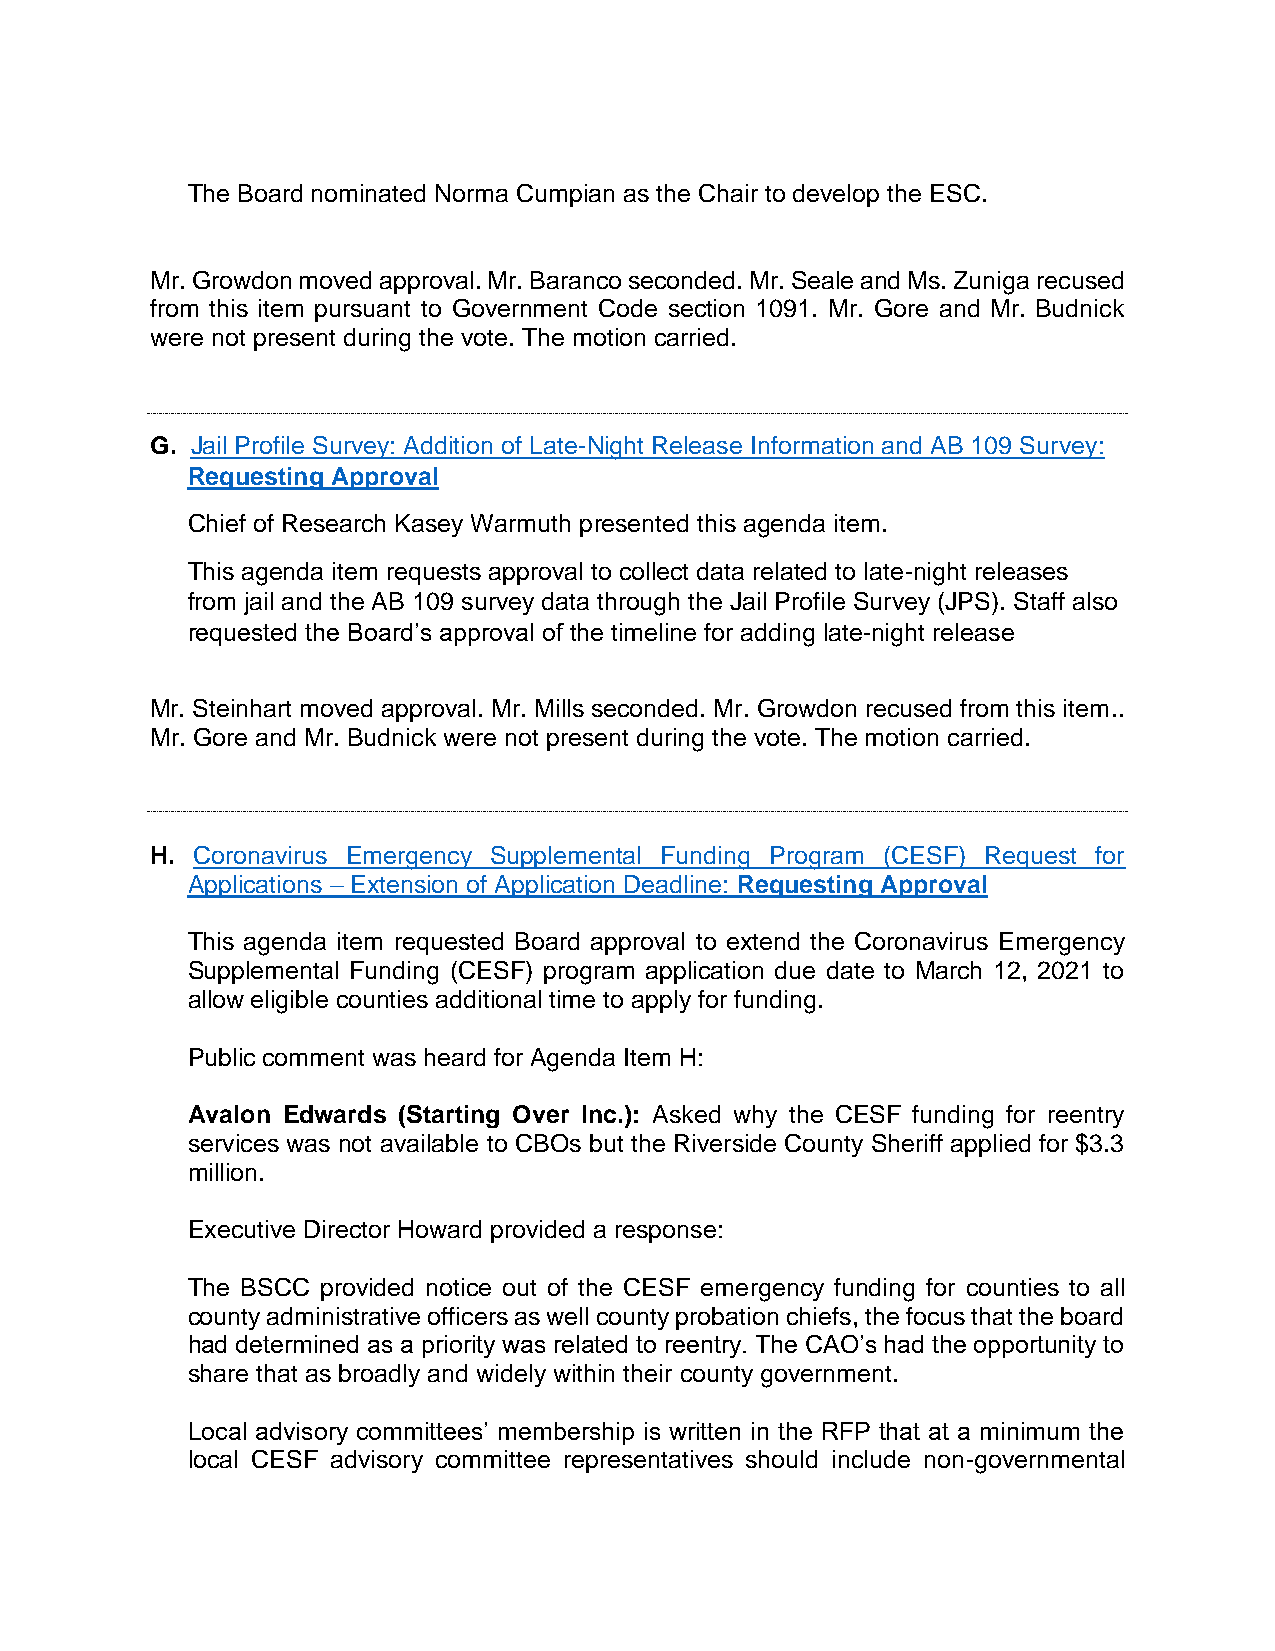
The Board nominated Norma Cumpian as the Chair to develop the ESC.
 Mr. Growdon moved approval. Mr. Baranco seconded. Mr. Seale and Ms. Zuniga recused
 from this item pursuant to Government Code section 1091. Mr. Gore and Mr. Budnick
 were not present during the vote. The motion carried.
 G. Jail Profile Survey: Addition of Late-Night Release Information and AB 109 Survey:
 Requesting Approval
 Chief of Research Kasey Warmuth presented this agenda item.
 This agenda item requests approval to collect data related to late-night releases
 from jail and the AB 109 survey data through the Jail Profile Survey (JPS). Staff also
 requested the Board’s approval of the timeline for adding late-night release
 Mr. Steinhart moved approval. Mr. Mills seconded. Mr. Growdon recused from this item..
 Mr. Gore and Mr. Budnick were not present during the vote. The motion carried.
 H. Coronavirus Emergency Supplemental Funding Program (CESF) Request for
 Applications – Extension of Application Deadline: Requesting Approval
 This agenda item requested Board approval to extend the Coronavirus Emergency
 Supplemental Funding (CESF) program application due date to March 12, 2021 to
 allow eligible counties additional time to apply for funding.
 Public comment was heard for Agenda Item H:
 Avalon Edwards (Starting Over Inc.): Asked why the CESF funding for reentry
 services was not available to CBOs but the Riverside County Sheriff applied for $3.3
 million.
 Executive Director Howard provided a response:
 The BSCC provided notice out of the CESF emergency funding for counties to all
 county administrative officers as well county probation chiefs, the focus that the board
 had determined as a priority was related to reentry. The CAO’s had the opportunity to
 share that as broadly and widely within their county government.
 Local advisory committees’ membership is written in the RFP that at a minimum the
 local CESF advisory committee representatives should include non-governmental